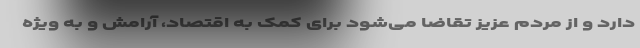
دارد و از مردم عزیز تقاضا می‌شود برای کمک به اقتصاد، آرامش و به ویژه